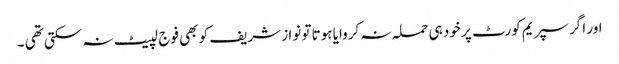
اور اگر سپریم کورٹ پر خود ہی حملہ نہ کروایا ہوتا تو نوا ز شریف کو بھی فوج لپیٹ نہ سکتی تھی ۔